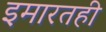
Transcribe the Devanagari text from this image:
इमारतही